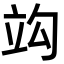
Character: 𥩞